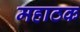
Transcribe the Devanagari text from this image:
महाठक